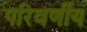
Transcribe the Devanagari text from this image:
परिवर्णीय